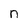
Character: n